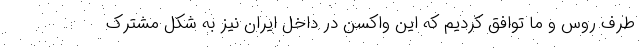
طرف روس و ما توافق کردیم که این واکسن در داخل ایران نیز به شکل مشترک